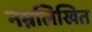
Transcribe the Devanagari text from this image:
नम्नलिखित